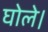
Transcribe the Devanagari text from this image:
घोले।